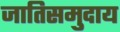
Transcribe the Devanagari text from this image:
जातिसमुदाय